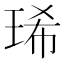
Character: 琋